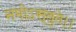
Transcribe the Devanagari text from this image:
नमोऽस्तुते।।